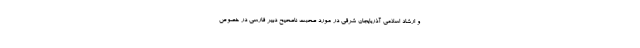
و ارشاد اسلامی آذربایجان شرقی در مورد صحبت ناصحیح دبیر فارسی در خصوص